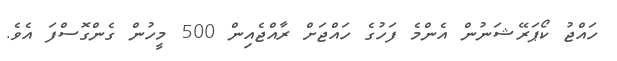
ހައްޖު ކޯޕަރޭޝަނުން އެންމެ ފަހުގެ ހައްޖަށް ރާއްޖެއިން 500 މީހުން ގެންގޮސްފަ އެވެ.